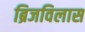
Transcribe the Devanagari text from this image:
ब्रिजविलास